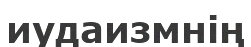
иудаизмнің